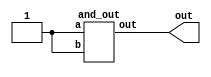
module add__a_to_output (output wire out);
    and_out a1(.a(1'b1),.b(1'b1),.out(out));
endmodule

module and_out (input a,input b,output out);

assign out=a & b;
endmodule